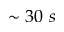
\sim 3 0 \ s